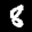
Label: 8